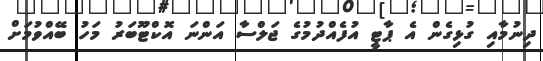
ދިނުމާއި ގުޅިގެން އެ ޕާޓީ އުފެއްދުމުގެ ޖަލްސާ އަންނަ އޮކްޓޫބަރު މަހު ބޭއްވުމަށް